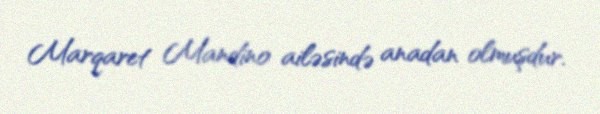
Marqaret Mandino ailəsində anadan olmuşdur.